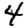
Digit: 4